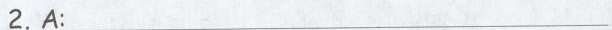
2.A:___